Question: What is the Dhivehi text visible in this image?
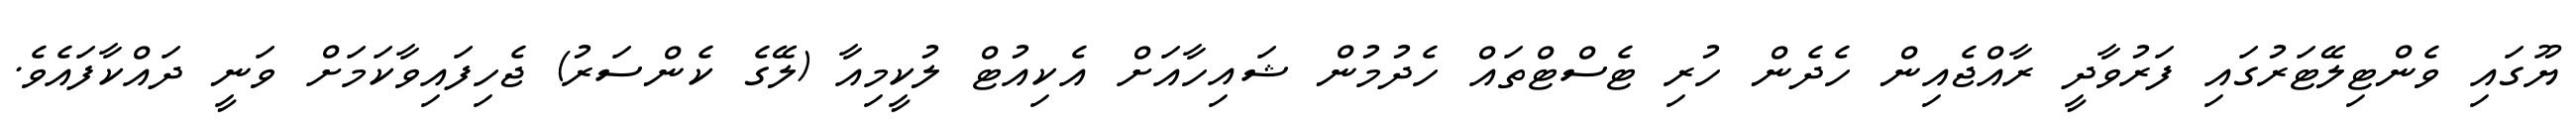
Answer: ޔޫގައި ވެންޓިލޭޓަރުގައި ފަރުވާދީ ރާއްޖެއިން ހެދެން ހުރި ޓެސްޓްތައް ހެދުމުން ޝައިހާއަށް އެކިއުޓް ލުކީމިއާ (ލޭގެ ކެންސަރު) ޖެހިފައިވާކަމަށް ވަނީ ދައްކާފައެވެ.